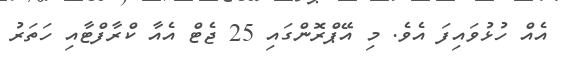
އެއް ހުޅުވައިފަ އެވެ. މި އޭޕްރޮންގައި 25 ޖެޓް އެއާ ކްރާފްޓާއި ހަތަރު